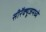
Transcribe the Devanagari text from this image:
सीरॅक्यूजमध्ये